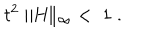
t ^ { 2 } \parallel \! \! H \! \! \parallel _ { \infty } \; < \; 1 \; .